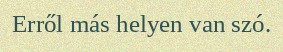
Erről más helyen van szó.